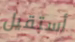
أستقيل